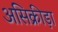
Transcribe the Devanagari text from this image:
असिक्रीड़ा